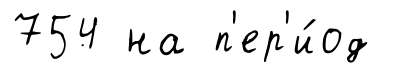
754 на п'ер'и́од